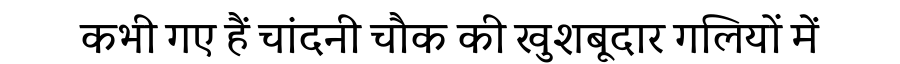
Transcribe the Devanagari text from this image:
कभी गए हैं चांदनी चौक की खुशबूदार गलियों में